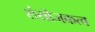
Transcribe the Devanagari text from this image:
संयोजकत्व